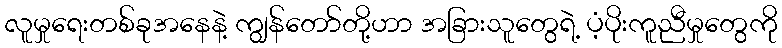
လူမှုရေးတစ်ခုအနေနဲ့ ကျွန်တော်တို့ဟာ အခြားသူတွေရဲ့ ပံ့ပိုးကူညီမှုတွေကို